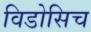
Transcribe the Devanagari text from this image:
विडोसिच